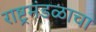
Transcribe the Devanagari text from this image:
राष्ट्रमंडळाचा